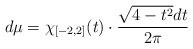
LaTeX: \begin{align*}d\mu=\chi_{[-2,2]}(t)\cdot \frac{\sqrt{4-t^2}dt}{2\pi}\end{align*}